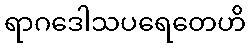
ရာဂဒေါသပရေတေဟိ